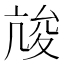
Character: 𡕧